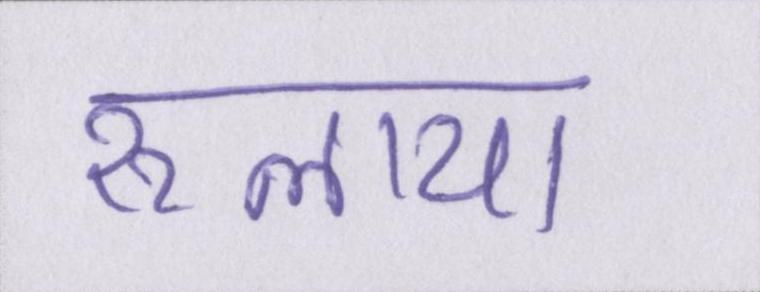
रुलाया